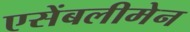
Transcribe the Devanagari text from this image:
एसेंबलीमेन